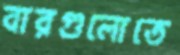
বারগুলোতে